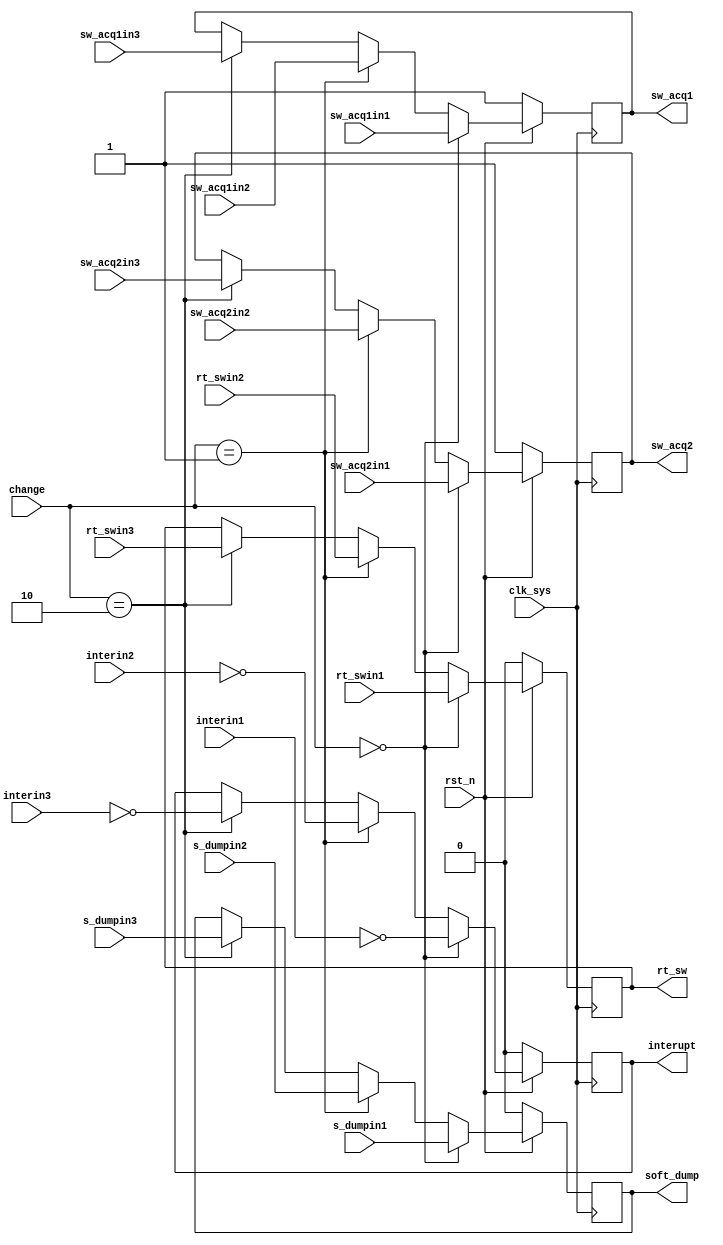
// topctrlchange.v

module topctrlchange(
                     rst_n,
                     clk_sys,
                     change,
                     interupt,
                     interin1,
                     interin2,
                     interin3,
                     rt_sw,
                     rt_swin1,
                     rt_swin2,
                     rt_swin3,
                     soft_dump,
                     s_dumpin1,
                     s_dumpin2,
                     s_dumpin3,
                     sw_acq1,
                     sw_acq1in1,
                     sw_acq1in2,
                     sw_acq1in3,
                     sw_acq2,
                     sw_acq2in1,
                     sw_acq2in2,
                     sw_acq2in3
                     );

input rst_n;
input clk_sys;
input [1:0] change;

output interupt;
input  interin1;
input  interin2;
input  interin3;
reg interupt;

output rt_sw;
input  rt_swin1;
input  rt_swin2;
input  rt_swin3;
reg rt_sw;

output soft_dump;
input  s_dumpin1;
input  s_dumpin2;
input  s_dumpin3;
reg soft_dump;

output sw_acq1;
input  sw_acq1in1;
input  sw_acq1in2;
input  sw_acq1in3;
reg sw_acq1;

output sw_acq2;
input  sw_acq2in1;
input  sw_acq2in2;
input  sw_acq2in3;
reg sw_acq2;


always @ (posedge clk_sys)
    begin
         if (rst_n == 1'b0)
             begin
                  interupt  <= 1'b0;
                  rt_sw     <= 1'b0;
                  soft_dump <= 1'b0;
                  sw_acq1   <= 1'b1;
                  sw_acq2   <= 1'b1;
             end
         else
             begin
                  if (change == 2'b00)
                      begin
                           interupt  <= ~interin1;
                           rt_sw     <= rt_swin1;
                           soft_dump <= s_dumpin1;
                           sw_acq1   <= sw_acq1in1;
                           sw_acq2   <= sw_acq2in1;
                      end
                  else if (change == 2'b01)
                      begin
                           interupt  <= ~interin2;
                           rt_sw     <= rt_swin2;
                           soft_dump <= s_dumpin2;
                           sw_acq1   <= sw_acq1in2;
                           sw_acq2   <= sw_acq2in2;
                      end
                  else if (change == 2'b10)
                      begin
                           interupt  <= ~interin3;
                           rt_sw     <= rt_swin3;
                           soft_dump <= s_dumpin3;
                           sw_acq1   <= sw_acq1in3;
                           sw_acq2   <= sw_acq2in3;
                      end
                  else
                      begin
                           interupt  <= interupt;
                           rt_sw     <= rt_sw;
                           soft_dump <= soft_dump;
                           sw_acq1   <= sw_acq1;
                           sw_acq2   <= sw_acq2;
                      end
             end
    end

endmodule